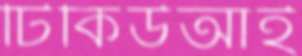
টিকিউআই